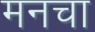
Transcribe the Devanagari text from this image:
मनचा